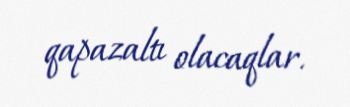
qapazaltı olacaqlar.